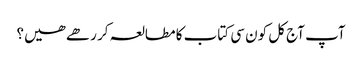
آپ آج کل کون سی کتاب کا مطالعہ کر رھے ھیں؟